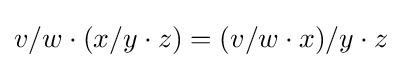
v/w\cdot (x/y\cdot z)=(v/w\cdot x)/y\cdot z